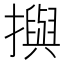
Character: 𢷣